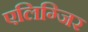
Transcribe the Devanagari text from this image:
एलिग्जिर